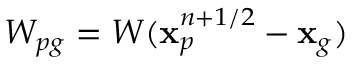
W _ { p g } = W ( \mathbf { x } _ { p } ^ { n + 1 / 2 } - \mathbf { x } _ { g } )